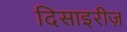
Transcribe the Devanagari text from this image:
दिसाइरीज़